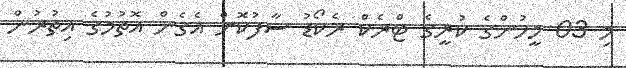
މި 03 މީހުންގެ ކުރީގެ ޓްރެކް ރެކޯޑު ސާފުކޮށް އެގެން އޮތުމުގެ އިތުރުން